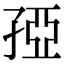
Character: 孲